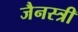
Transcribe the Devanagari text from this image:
जैनस्त्री